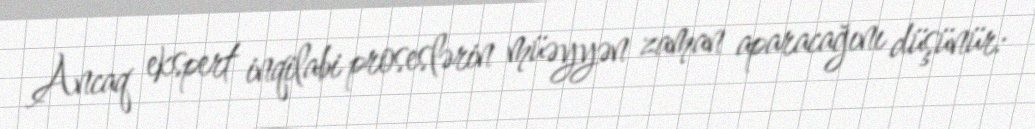
Ancaq ekspert inqilabi proseslərin müəyyən zaman aparacağını düşünür: